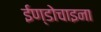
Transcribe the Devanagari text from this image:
ईण्डोचाइना